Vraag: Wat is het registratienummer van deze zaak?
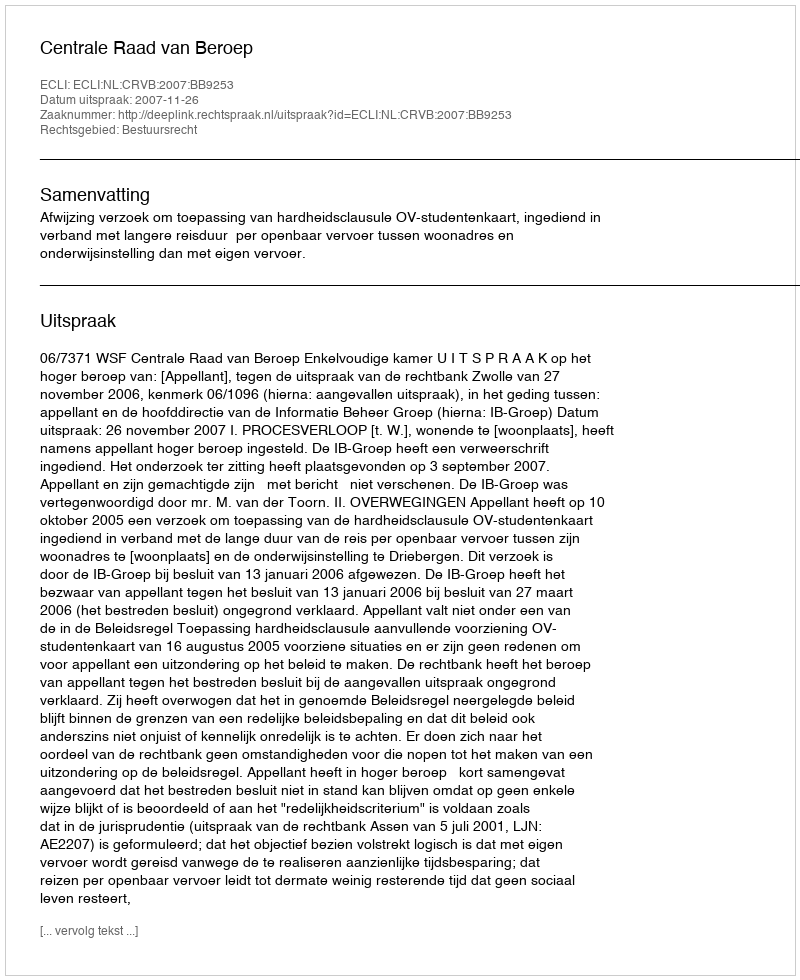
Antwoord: http://deeplink.rechtspraak.nl/uitspraak?id=ECLI:NL:CRVB:2007:BB9253